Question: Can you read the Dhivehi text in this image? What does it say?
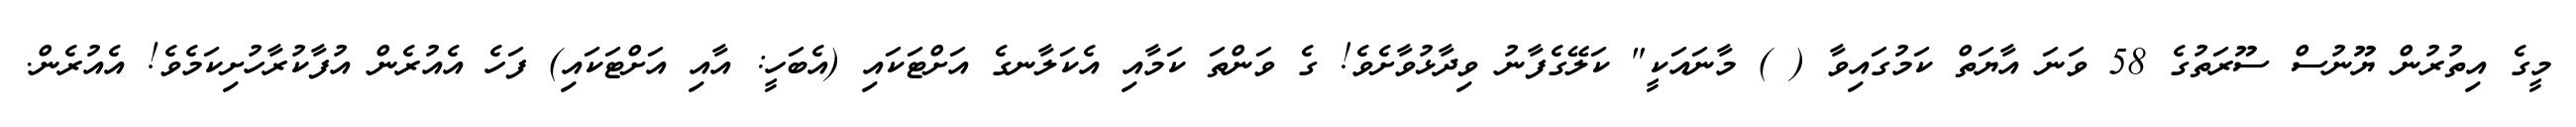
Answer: މީގެ އިތުރުން ޔޫނުސް ސޫރަތުގެ 58 ވަނަ އާޔަތް ކަމުގައިވާ ( ) މާނައަކީ" ކަލޭގެފާނު ވިދާޅުވާށެވެ! ގެ ވަންތަ ކަމާއި އެކަލާނގެ އަށްޓަކައި (އެބަހީ: އާއި އަށްޓަކައި) ފަހެ އެއުރެން އުފާކުރާހުށިކަމެވެ! އެއުރެން.